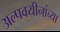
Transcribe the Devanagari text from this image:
अल्पवयीनांच्या